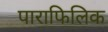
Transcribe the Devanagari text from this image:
पाराफिलिक